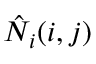
\hat { N } _ { i } ( i , j )